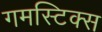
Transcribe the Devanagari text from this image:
गमस्टिक्स